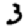
Digit: 3